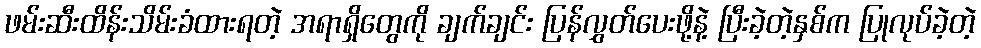
ဖမ်းဆီးထိန်းသိမ်းခံထားရတဲ့ အရာရှိတွေကို ချက်ချင်း ပြန်လွှတ်ပေးဖို့နဲ့ ပြီးခဲ့တဲ့နှစ်က ပြုလုပ်ခဲ့တဲ့